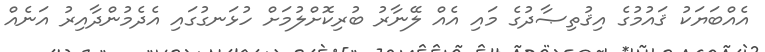
އެއްބަޔަކު ޤައުމުގެ އިޤުތިޞާދުގެ މައި އެއް ލޭނާރު ބުރިކޮށްލުމަށް ހުޅަނގުގައި އެދެމުންދާއިރު އަނެއް